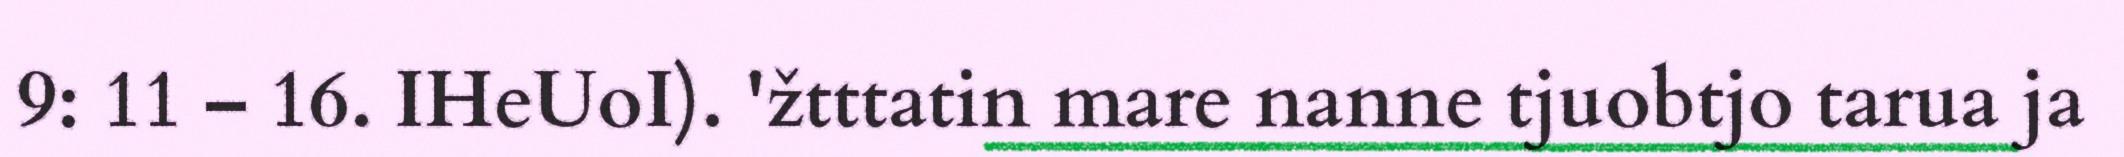
9: 11 – 16. IHeUoI). 'žtttatin mare nanne tjuobtjo tarua ja